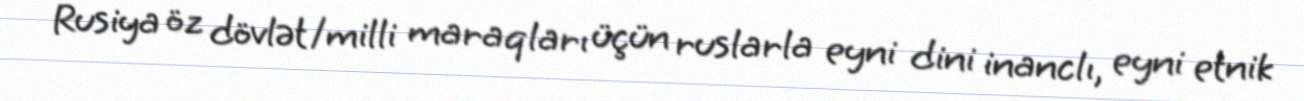
Rusiya öz dövlət/milli maraqları üçün ruslarla eyni dini inanclı, eyni etnik